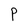
Character: P